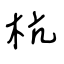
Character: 杭